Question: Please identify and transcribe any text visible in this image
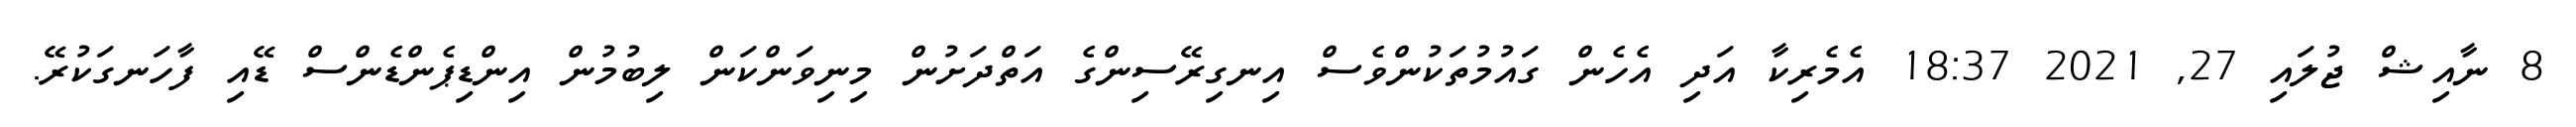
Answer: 8 ނާއިޝް ޖުލައި 27, 2021 18:37 އެމެރިކާ އަދި އެހެން ގައުމުތަކުންވެސް އިނގިރޭސިންގެ އަތްދަށުން މިނިވަންކަން ލިބުމުން އިންޑިޕެންޑެންސް ޑޭއި ފާހަނގަކުރޭ.